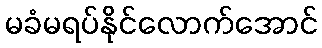
မခံမရပ်နိုင်လောက်အောင်